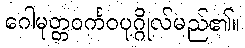
ဂေါမုတ္တဝင်္ကဝပုဂ္ဂိုလ်မည်၏။